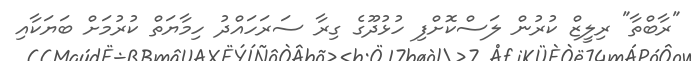
"ރާބްތާ" ރިލީޒް ކުރުން ލަސްކޮށްފި ހުޅުދޫގެ ގިރާ ސަރަހައްދު ހިމާޔަތް ކުރުމަށް ބަޔަކާއި